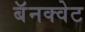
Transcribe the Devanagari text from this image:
बॅनक्वेट